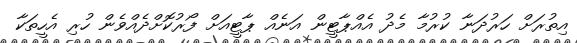
އިތުރަށް ހަރުދަނާ ކުރުމާ މެދު އެއްޕާޓީން އަނެއް ޕާޓީއަށް ފޯރުކޮށްދެއްވެން ހުރި އެހީތަކާ